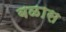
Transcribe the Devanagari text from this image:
बळास